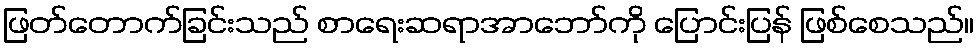
ဖြတ်တောက်ခြင်းသည် စာရေးဆရာအာဘော်ကို ပြောင်းပြန် ဖြစ်စေသည်။